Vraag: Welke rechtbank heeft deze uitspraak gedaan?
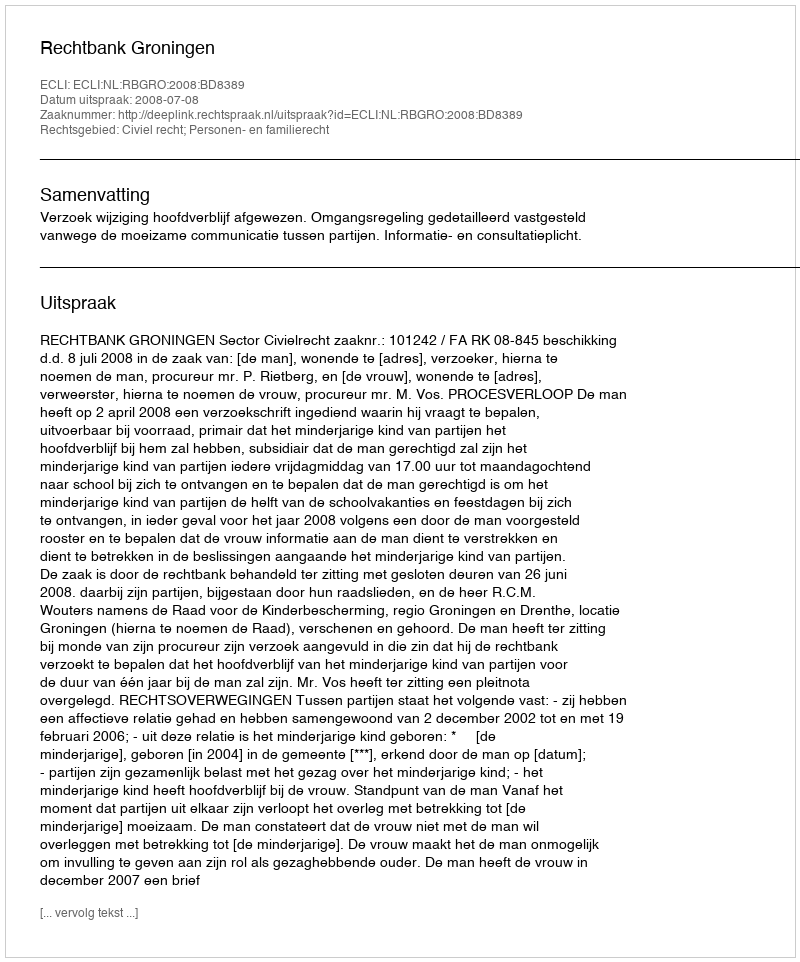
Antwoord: Rechtbank Groningen